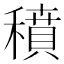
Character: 𥢊